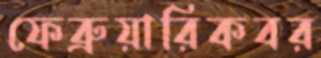
ফেব্রুয়ারিকবর